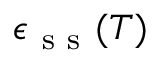
\epsilon _ { \mathrm { ~ s ~ s ~ } } ( T )